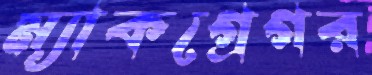
ম্যাকগ্রেগর